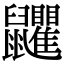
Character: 𪖏